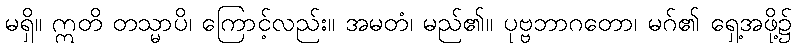
မရှိ။ ဣတိ တသ္မာပိ၊ ကြောင့်လည်း။ အမတံ၊ မည်၏။ ပုဗ္ဗဘာဂတော၊ မဂ်၏ ရှေ့အဖို့၌